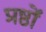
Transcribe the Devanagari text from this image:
प्रष्ठों